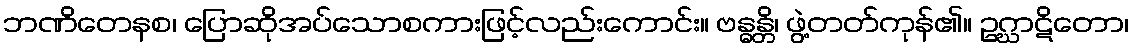
ဘဏိတေနစ၊ ပြောဆိုအပ်သောစကားဖြင့်လည်းကောင်း။ ဗန္ဓန္တိ၊ ဖွဲ့တတ်ကုန်၏။ ဥဂ္ဃာဋိတော၊